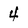
Character: 4